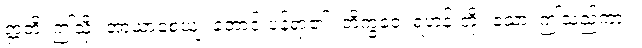
ဣတိ၊ ဤသို့။ အာယာစေယျ၊ တောင်းပန်ရာ၏။ ဘိက္ခဝေ၊ ရဟန်းတို့။ ဧသာ၊ ဤသည်ကား။